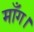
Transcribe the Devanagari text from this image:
माँग।